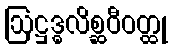
ဩဋ္ဌဒ္ဓလိစ္ဆဝီဝတ္ထု